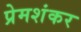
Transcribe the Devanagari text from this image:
प्रेमशंकर